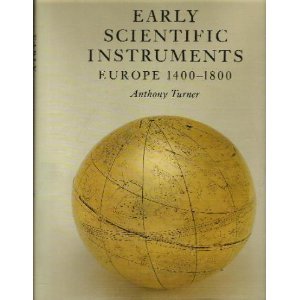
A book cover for Early Scientific Instruments: Europe, 1400-1800; Anthony Turner; Science & Math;